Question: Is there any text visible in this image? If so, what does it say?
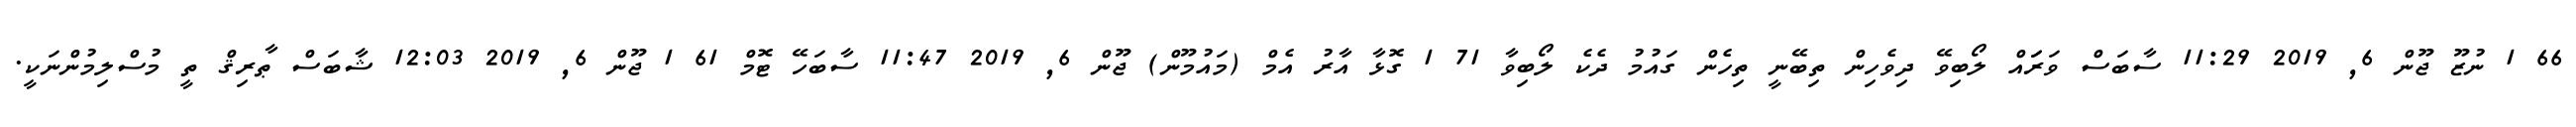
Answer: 66 1 ނުޒޫ ޖޫން 6, 2019 11:29 ސާބަސް ވަރަައް ލޯބިވޭ ދިވެހިން ތިބޭނީ ތިހެން ގައުމު ދެކެ ލޯބިވާ 71 1 ގޮޅާ އާރު އެމް (މައުމޫން) ޖޫން 6, 2019 11:47 ސާބަހޭ ޓޮމް 61 1 ޖޫން 6, 2019 12:03 ޝާބަސް ޠާރިޤް ތީ މުސްލިމުންނަކީ.